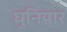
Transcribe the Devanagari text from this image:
घुनियार